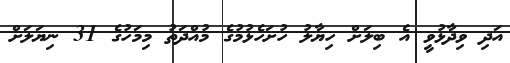
އަދި ވިދާޅުވީ އެ ބިލަށް ހިޔާލު ހުށަހެޅުމުގެ މުއްދަތު މިމަހުގެ 31 ނިޔަލަށް